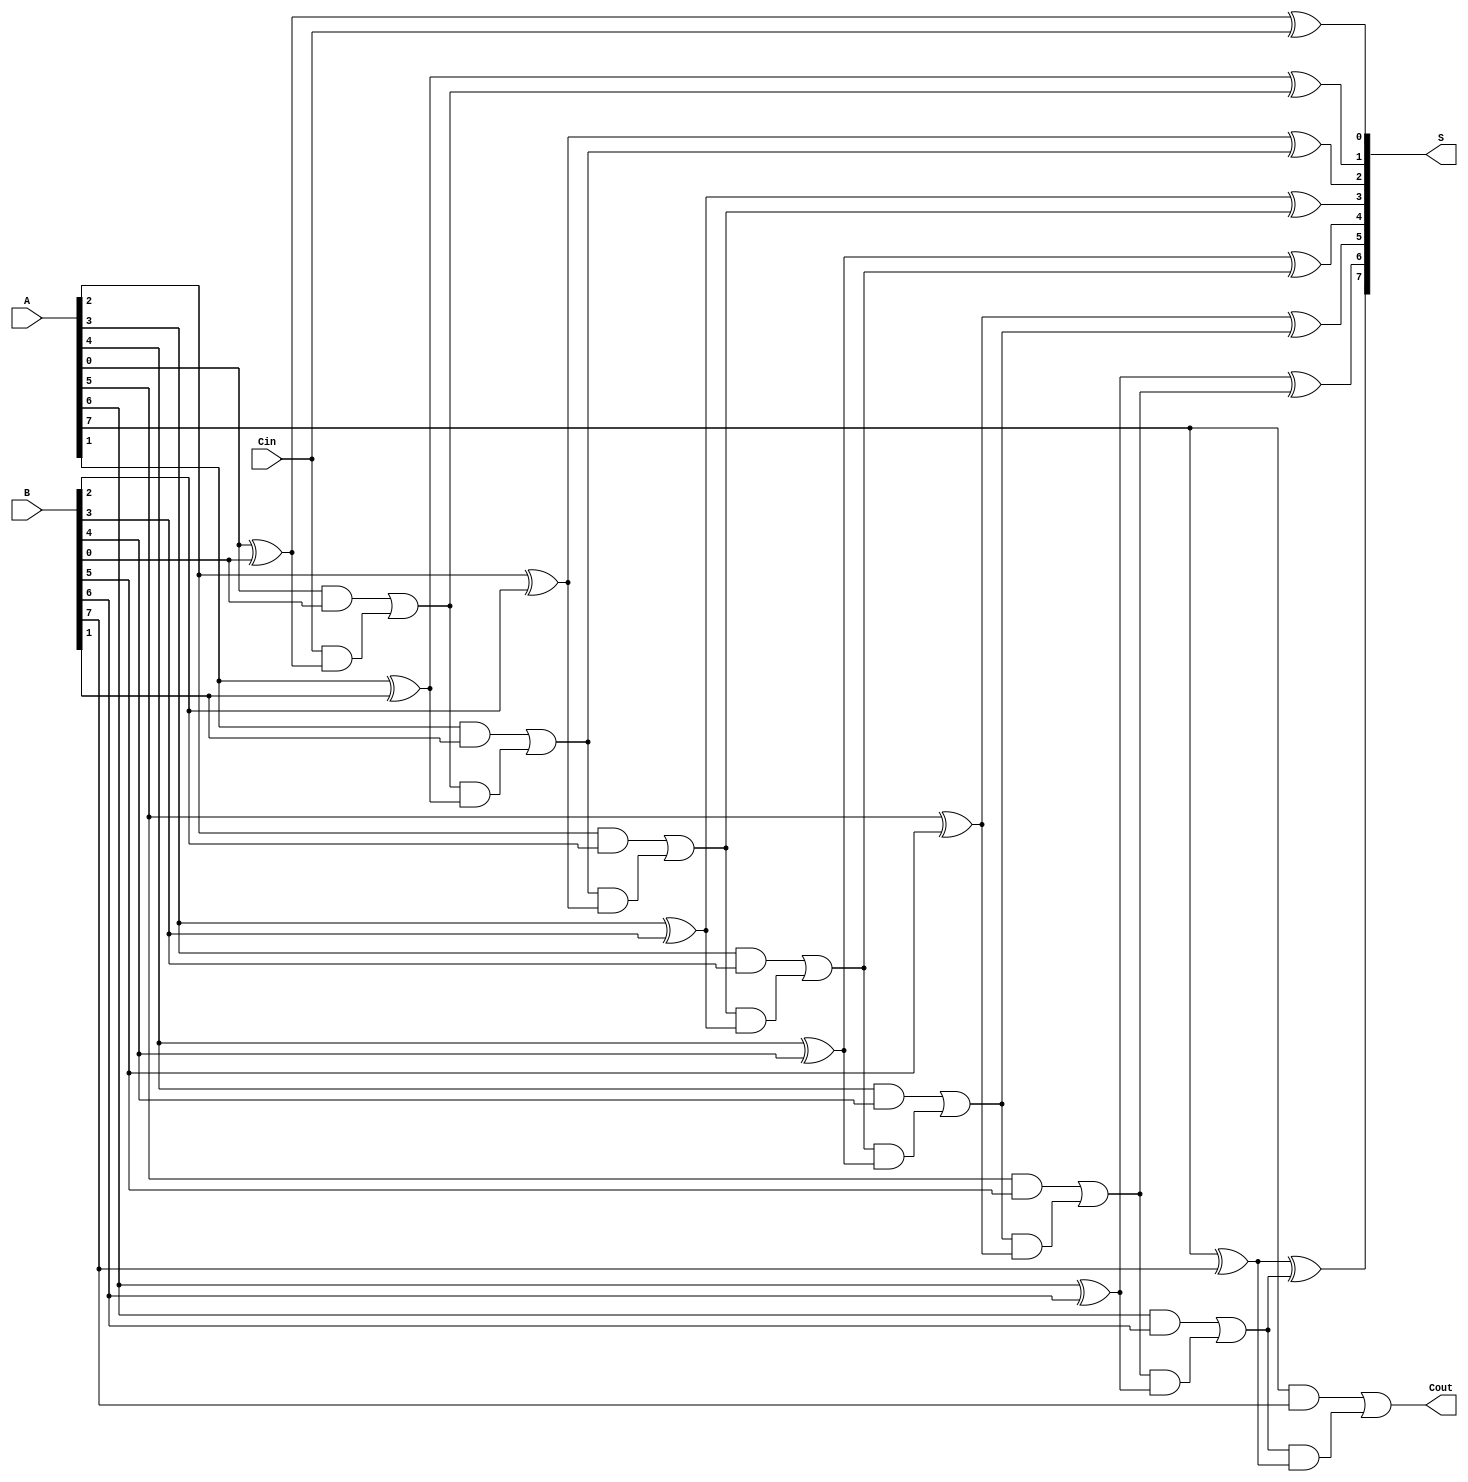
module manchester_carry_chain_adder #(
    parameter N = 8 // Define the width of the adder (can be changed as needed)
)(
    input [N-1:0] A,  // First n-bit input
    input [N-1:0] B,  // Second n-bit input
    input Cin,        // Carry-in bit
    output [N-1:0] S, // n-bit sum output
    output Cout       // Carry-out bit
);

    wire [N:0] carry; // Carry wires, with one extra for the final carry-out
    
    // Assign initial carry
    assign carry[0] = Cin;
    
    // Full adder logic
    genvar i;
    generate
        for (i = 0; i < N; i = i + 1) begin : full_adder
            wire sum, co;
            assign sum = A[i] ^ B[i] ^ carry[i]; // Sum calculation
            assign co  = (A[i] & B[i]) | (carry[i] & (A[i] ^ B[i])); // Carry calculation
            
            assign S[i] = sum;         // Assign the sum output
            assign carry[i + 1] = co;  // Propagate carry to the next stage
        end
    endgenerate
    
    // Final carry-out
    assign Cout = carry[N];

endmodule